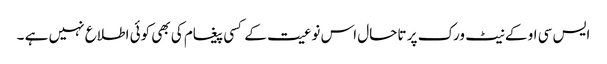
ایس سی او کے نیٹ ورک پر تاحال اس نوعیت کے کسی پیغام کی بھی کوئی اطلاع نہیں ہے ۔